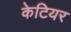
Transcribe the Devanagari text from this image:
केटियर